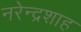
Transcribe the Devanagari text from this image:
नरेन्द्रशाह